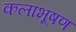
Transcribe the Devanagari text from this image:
कलाभूषण